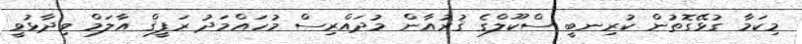
މިކަމާ ގުޅޭގޮތުން ކުރިނބީ ސްކޫލްގެ ޤުރުއާން މުދައްރިސް މުހައްމަދު ރަފީޤް އާލަމް ވިދާޅުވީ